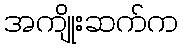
အကျိုးဆက်က